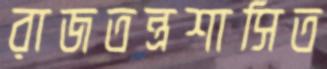
রাজতন্ত্রশাসিত